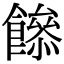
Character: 𩞼